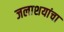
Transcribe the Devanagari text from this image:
जलाशयांचा